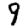
Digit: 9